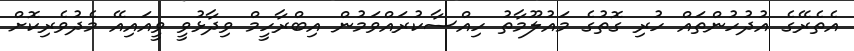
އެތެރޭގެ އުދުހުންތައް ހުރި ގޮތުގެ މައުލޫމާތު ހިއްސާކުރައްވަމުން އިބްރާހީމް ވިދާޅުވީ ވީއައިއޭ މެދުވެރިކޮށް